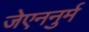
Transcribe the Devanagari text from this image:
जेएननुर्म